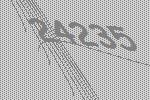
24235